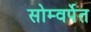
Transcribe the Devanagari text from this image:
सोम्वर्पेत